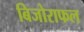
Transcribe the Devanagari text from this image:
बिजोराफल